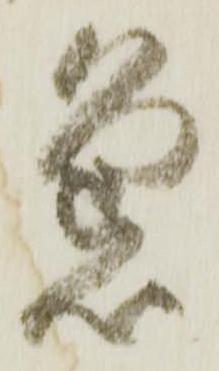
急